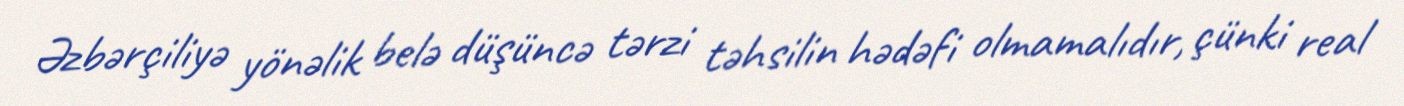
Əzbərçiliyə yönəlik belə düşüncə tərzi təhsilin hədəfi olmamalıdır, çünki real